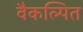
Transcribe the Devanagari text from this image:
वैकल्पित